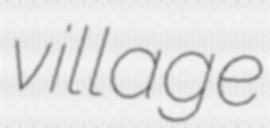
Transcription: village